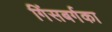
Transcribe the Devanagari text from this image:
गिंसबर्गका